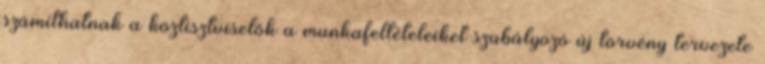
számíthatnak a köztisztviselők a munkafeltételeiket szabályozó új törvény tervezete